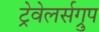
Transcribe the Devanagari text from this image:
ट्रेवेलर्सग्रुप